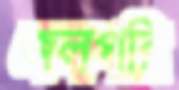
জলপরি